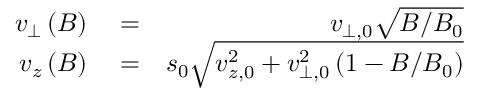
\begin{array} { r l r } { v _ { \perp } \left( B \right) } & { { } = } & { v _ { \perp , 0 } \sqrt { B / B _ { 0 } } } \\ { v _ { z } \left( B \right) } & { { } = } & { s _ { 0 } \sqrt { v _ { z , 0 } ^ { 2 } + v _ { \perp , 0 } ^ { 2 } \left( 1 - B / B _ { 0 } \right) } } \end{array}